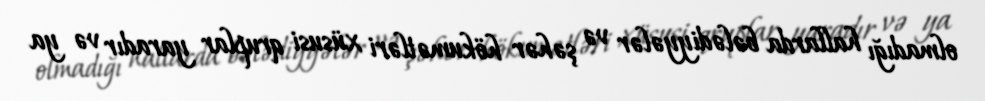
olmadığı hallarda bələdiyyələr və şəhər hökumətləri xüsusi qruplar yaradır və ya